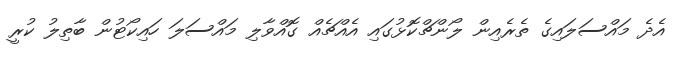
އެދެ މައްސަލައިގެ ތެރެއިން ލޯންޗްކޮޅުގައި އެއްޗެއް ގޮއްވާލި މައްސަލަ ހައިކޯޓުން ބާތިލު ކުރީ